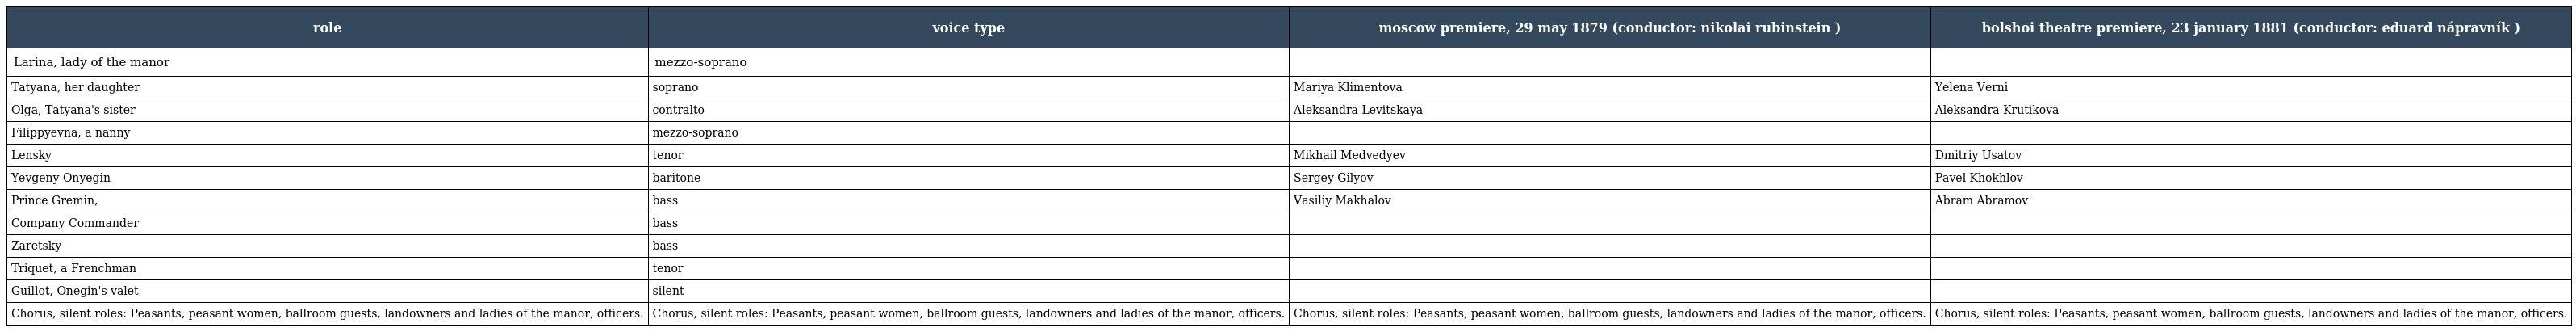
| role | voice type | moscow premiere, 29 may 1879 (conductor: nikolai rubinstein ) | bolshoi theatre premiere, 23 january 1881 (conductor: eduard nápravník ) |
 | --- | --- | --- | --- |
 | Larina, lady of the manor | mezzo-soprano |  |  |
 | Tatyana, her daughter | soprano | Mariya Klimentova | Yelena Verni |
 | Olga, Tatyana's sister | contralto | Aleksandra Levitskaya | Aleksandra Krutikova |
 | Filippyevna, a nanny | mezzo-soprano |  |  |
 | Lensky | tenor | Mikhail Medvedyev | Dmitriy Usatov |
 | Yevgeny Onyegin | baritone | Sergey Gilyov | Pavel Khokhlov |
 | Prince Gremin, | bass | Vasiliy Makhalov | Abram Abramov |
 | Company Commander | bass |  |  |
 | Zaretsky | bass |  |  |
 | Triquet, a Frenchman | tenor |  |  |
 | Guillot, Onegin's valet | silent |  |  |
 | Chorus, silent roles: Peasants, peasant women, ballroom guests, landowners and ladies of the manor, officers. | Chorus, silent roles: Peasants, peasant women, ballroom guests, landowners and ladies of the manor, officers. | Chorus, silent roles: Peasants, peasant women, ballroom guests, landowners and ladies of the manor, officers. | Chorus, silent roles: Peasants, peasant women, ballroom guests, landowners and ladies of the manor, officers. |